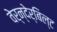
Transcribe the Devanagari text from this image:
वेर्न्देर्बिल्ट